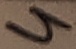
Text: 4